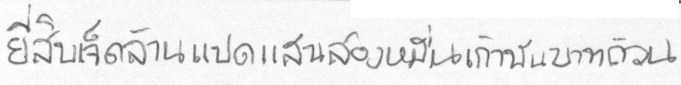
ยี่สิบเจ็ดล้านแปดแสนสองหมื่นเก้าพันบาทถ้วน